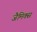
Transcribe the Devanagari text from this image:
जैमिक्स